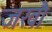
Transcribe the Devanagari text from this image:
जखौ